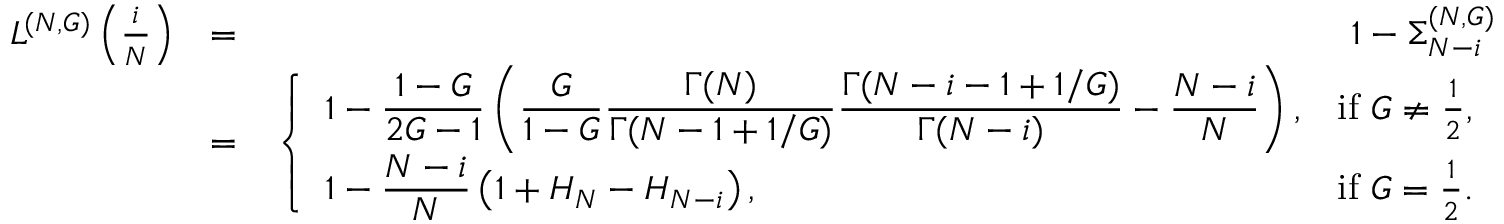
\begin{array} { r l r } { L ^ { ( N , G ) } \left( \frac { i } { N } \right) } & { = } & { 1 - \Sigma _ { N - i } ^ { ( N , G ) } } \\ & { = } & { \left\{ \begin{array} { l l } { \displaystyle 1 - \frac { 1 - G } { 2 G - 1 } \left( \frac { G } { 1 - G } \frac { \Gamma ( N ) } { \Gamma ( N - 1 + 1 / G ) } \frac { \Gamma ( N - i - 1 + 1 / G ) } { \Gamma ( N - i ) } - \frac { N - i } { N } \right) , } & { \mathrm { i f ~ } G \neq \frac { 1 } { 2 } , } \\ { \displaystyle 1 - \frac { N - i } { N } \left( 1 + H _ { N } - H _ { N - i } \right) , } & { \mathrm { i f ~ } G = \frac { 1 } { 2 } . } \end{array} \right. } \end{array}